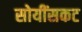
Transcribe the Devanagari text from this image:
सोयींसकट